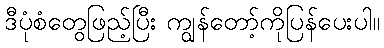
ဒီပုံစံတွေဖြည့်ပြီး ကျွန်တော့်ကိုပြန်ပေးပါ။